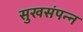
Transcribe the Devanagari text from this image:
सुखसंपन्न